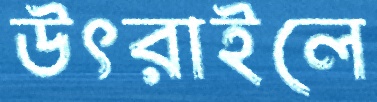
উৎরাইলে